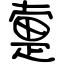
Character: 疐